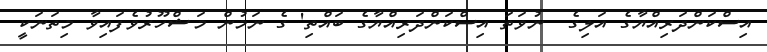
އިސްކަންދަރިއްޔާގެ އަލިގެ  ނުވަތަ އިސްކަންދަރިއްޔާގެ ބައްތި' ގެ ނަމުން މަޝްހޫރުވެފައިވާ މިތަނަކީ